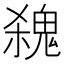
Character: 𩳃